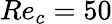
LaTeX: Re_{c}=50